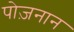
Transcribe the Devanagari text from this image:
पोज़नान